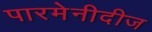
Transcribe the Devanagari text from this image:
पारमेनीदीज